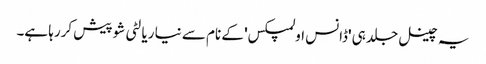
یہ چینل جلد ہی 'ڈانس اولمپکس' کے نام سے نیا ریالٹی شو پیش کررہا ہے۔